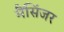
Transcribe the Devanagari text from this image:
मैंसिंजर